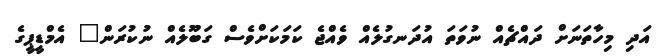
އަދި މިހާތަނަށް ދައްޗެއް ނުވަތަ އުދަނގުލެއް ވެއްޖެ ކަމަކަށްވެސް ގަބޫލެއް ނުކުރަން" އެމްޑީޕީގެ